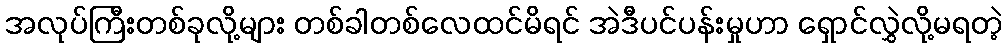
အလုပ်ကြီးတစ်ခုလို့များ တစ်ခါတစ်လေထင်မိရင် အဲဒီပင်ပန်းမှုဟာ ရှောင်လွှဲလို့မရတဲ့